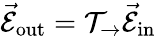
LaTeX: \vec{\mathcal{E}}_{\mathrm{out}}=\mathcal{T}_{\rightarrow}\vec{\mathcal{E}}_{\mathrm{in}}